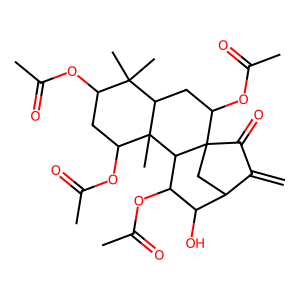
SMILES: C=C1C(=O)C23CC1C(O)C(OC(C)=O)C2C1(C)C(OC(C)=O)CC(OC(C)=O)C(C)(C)C1CC3OC(C)=O
Inhibits HIV replication: No